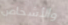
والأشخاص